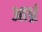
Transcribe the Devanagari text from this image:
आध्रं